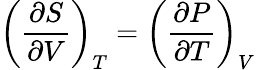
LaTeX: \left({\frac{\partial S}{\partial V}}\right)_{T}=\left({\frac{\partial P}{\partial T}}\right)_{V}